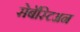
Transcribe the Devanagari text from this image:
सेबॅस्टिअन